Scottish Certificate of Education, 1963
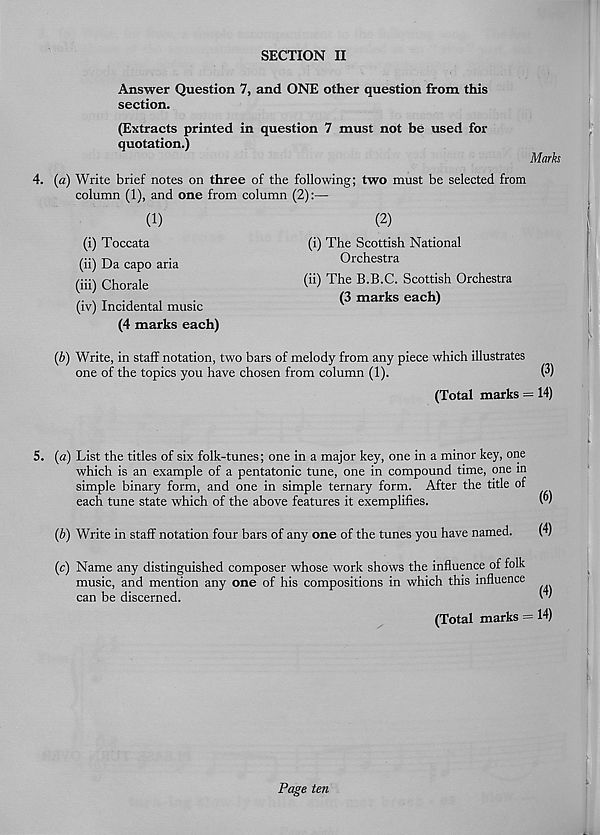
SECTION II
Answer Question 7, and ONE other question from this
section.
(Extracts printed in question 7 must not be used fox-
quotation.)
Marks
4. (a) Write brief notes on three of the following; two must be selected from
column (1), and one from column (2):—
(1)
(2)
(i) Toccata
(ii) Da capo aria
(iii) Chorale
(iv) Incidental music
(4 marks each)
(i) The Scottish National
Orchestra
(ii) The B.B.C. Scottish Orchestra
(3 marks each)
(b) Write, in staff notation, two bars of melody from any piece which illustrates
one of the topics you have chosen from column (1).
(3)
(Total marks = 14)
5. (a) List the titles of six folk-tunes; one in a major key, one in a minor key, one
which is an example of a pentatonic tune, one in compound time, one in
simple binary form, and one in simple ternary form. After the title of
each tune state which of the above features it exemplifies.
(b) Write in staff notation four bars of any one of the tunes you have named.
(c) Name any distinguished composer whose work shows the influence of folk
music, and mention any one of his compositions in which this influence
can be discerned.
' '
(Total marks = 14)
Page ten